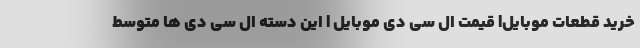
خرید قطعات موبایل| قیمت ال سی دی موبایل | این دسته ال سی دی ها متوسط